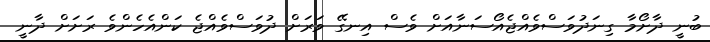
ބުނީ ދާށޯމާ ގިނަދުވަސްވެއްޖެއޯސަނާއަށް ވެސް އިނގޭ ވަރަށް ދުވަސްވެއްޖެ ކަންއެހެންވެ ރަށަށް ދާނީ